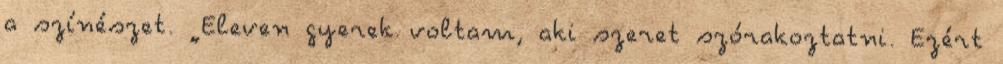
a színészet. „Eleven gyerek voltam, aki szeret szórakoztatni. Ezért